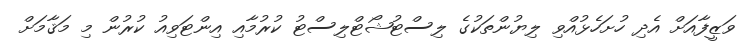
ވަޒީފާއަށް އެދި ހުށަހެޅުއްވި ލިޔުންތަކުގެ ލިސްޓުޝޯޓްލިސްޓު ކުރުމާއި އިންޓަވިއު ކުރުން މި މަޤާމަށް